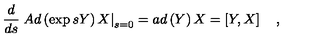
\frac d { d s } \left. A d \left( \exp s Y \right) X \right| _ { s = 0 } = a d \left( Y \right) X = \left[ Y , X \right] \quad ,